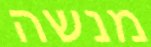
מנשה